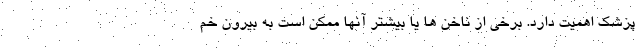
پزشک اهمیت دارد. برخی از ناخن ها یا بیشتر آنها ممکن است به بیرون خم